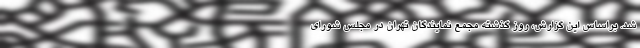
شد. براساس این گزارش، روز گذشته مجمع نمایندگان تهران در مجلس شورای